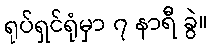
ရုပ်ရှင်ရုံမှာ ၇ နာရီ ခွဲ။